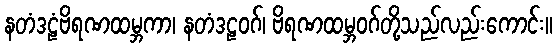
နတံဒဠံဗိရဏထမ္ဘကာ၊ နတံဒဠဝဂ်၊ ဗိရဏထမ္ဘဝဂ်တို့သည်လည်းကောင်း။